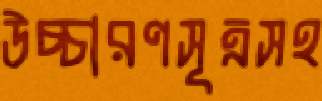
উচ্চারণসূত্রসহ